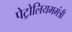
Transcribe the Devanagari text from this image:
पेट्रोलियममंत्री